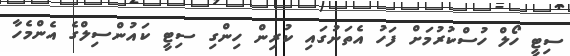
ސިޓީ ހޯލް ހުސްކުރުމަށް ފަހު އެތަނުގައި ކުރިން ހިންގި ސިޓީ ކައުންސިލްގެ އެންމެހާ